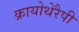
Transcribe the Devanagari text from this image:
क्रायोथेरैपी